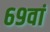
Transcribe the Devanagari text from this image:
६९वां